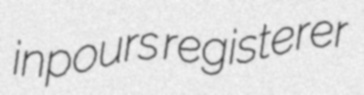
inpours registerer